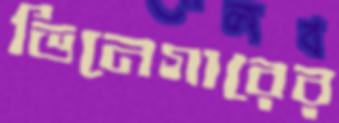
ভিনেগারের